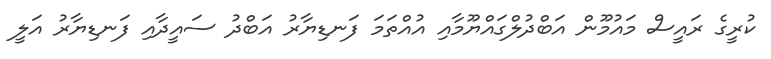
ކުރީގެ ރައީސް މައުމޫން އަބްދުލްގައްޔޫމާއި އުއްތަމަ ފަނޑިޔާރު އަބްދު ސައީދާއި ފަނޑިޔާރު އަލީ